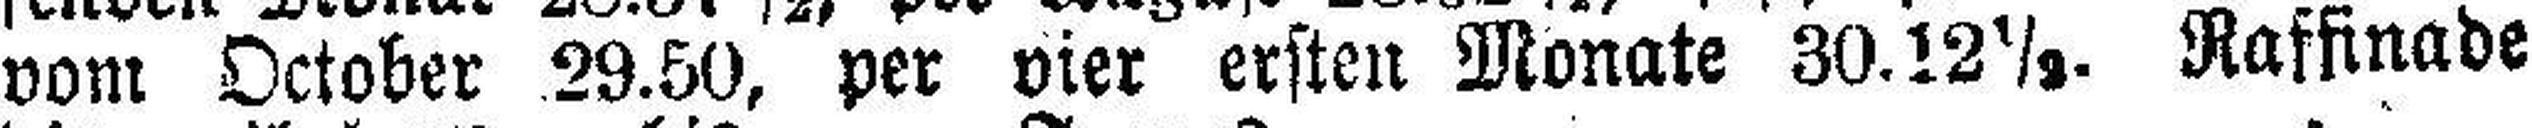
vom October 29.50, per vier ersten Monate 30.12½. Raffinade